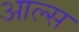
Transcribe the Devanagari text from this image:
आल्स